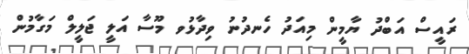
ރައީސް އަބްދު ޔާމީން މިއަދު ހެނދުނު ވިދާޅުވ މޫސާ އަލީ ޖަލީލް މަގާމުން